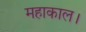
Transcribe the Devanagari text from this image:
महाकाल।